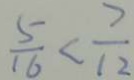
\frac { 5 } { 1 6 } < \frac { 7 } { 1 2 }